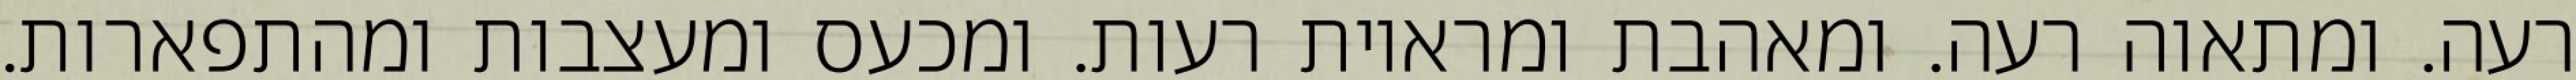
רעה. ומתאוה רעה. ומאהבת ומראיות רעות. ומכעס ומעצבות ומהתפארות.